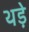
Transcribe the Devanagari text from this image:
थड़े